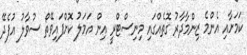
ކަމަށާއި އެންމެ ޒިންމާދާރު ގޮތެއްގައި މިނިސްޓްރީ އިން އަމަލު ކޮށްފައިވޭތޯ ސުވާލު އުފެދޭ